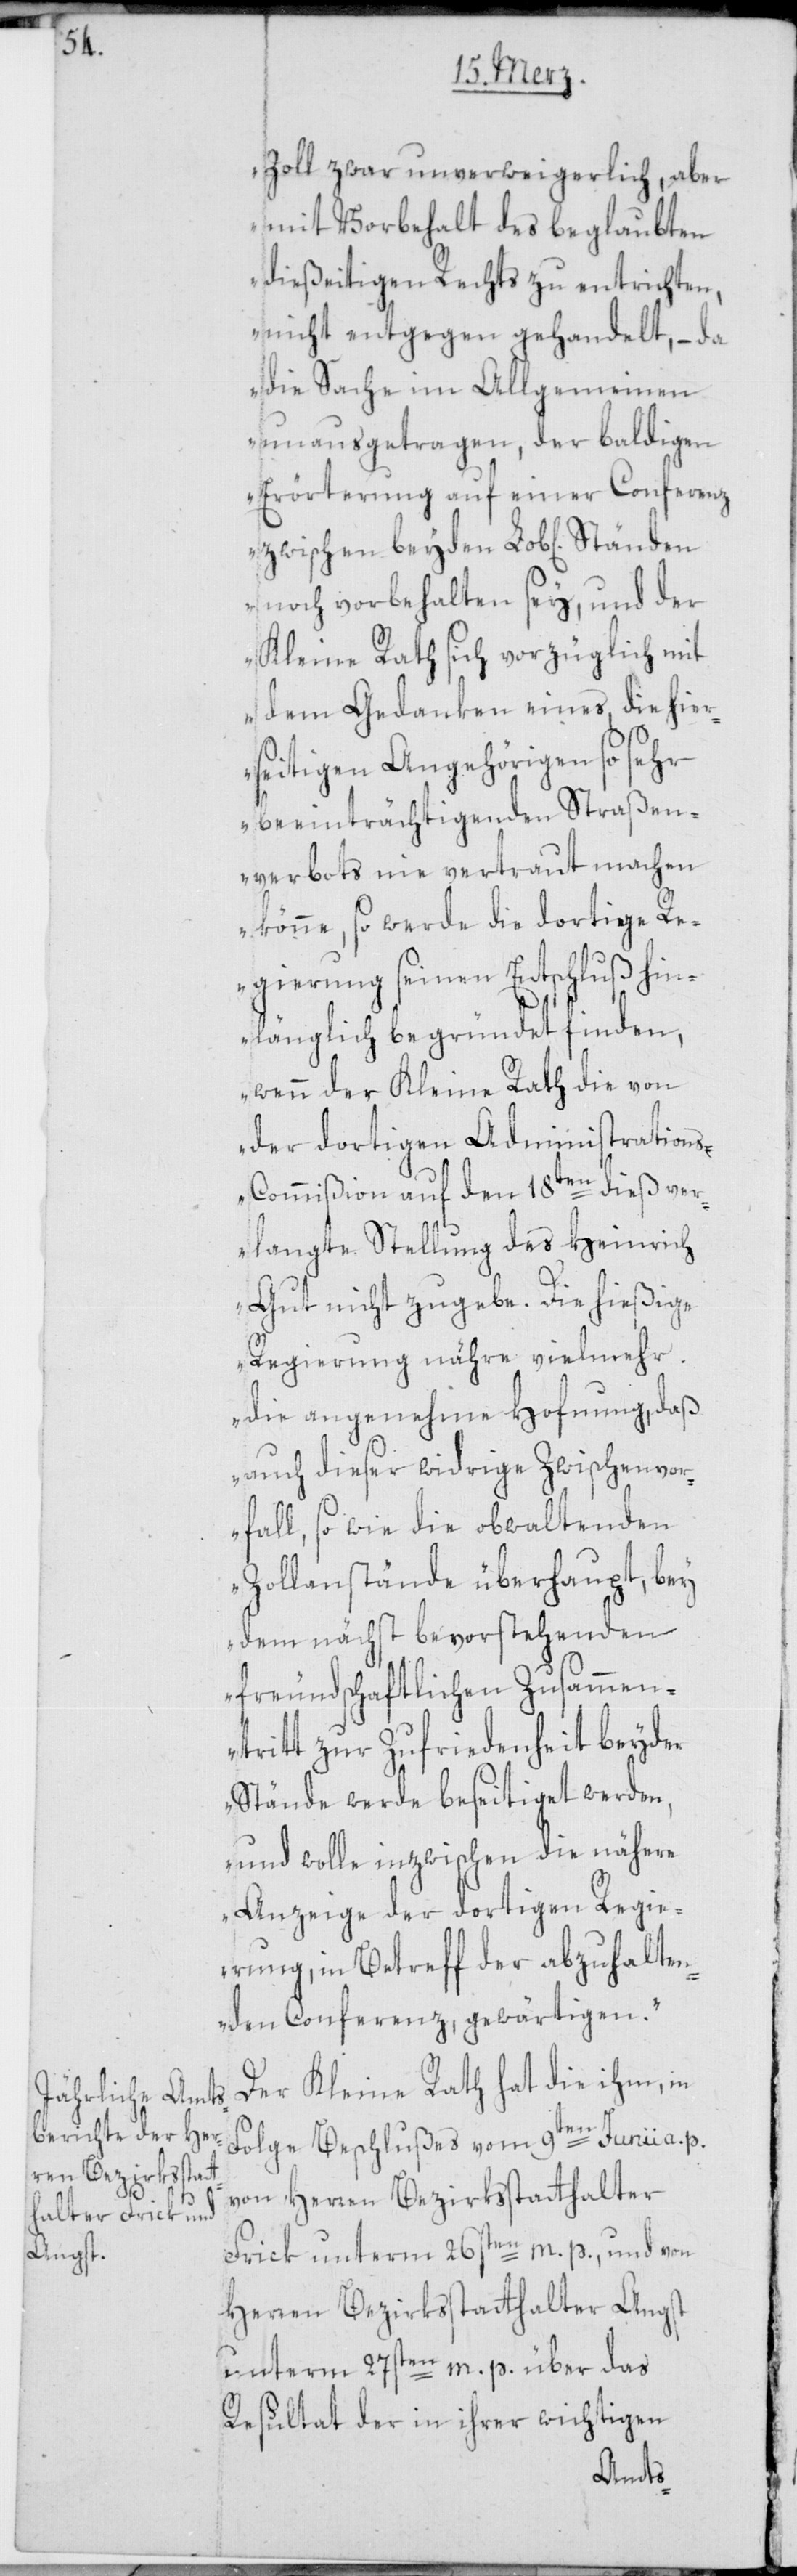
Zoll zwar unverweigerlich, aber
mit Vorbehalt des beglaubten
dießeitigen Rechts zu entrichten,
nicht entgegen gehandelt, – da
die Sache im Allgemeinen
unausgetragen, der baldigen
Erörterung auf einer Conferenz
zwischen beyden Lob[lichen]
noch vorbehalten sey, und der
Kleine Rath sich vorzüglich mit
dem Gedanken eines, die hier¬
seitigen Angehörigen so sehr
beeinträchtigenden Straßen¬
verbots nie vertraut machen
könne, so werde die dortige R¬
egierung seinen Entschluß hin¬
länglich begründet finden,
wenn der Kleine Rath die von
der dortigen Administration¬
s-Commißion auf den 18ten dieß ver¬
langte Stellung des Heinrich
Gut nicht zugebe. Die hießige
Regierung nähre vielmehr
die angenehme Hofnung, daß
auch dieser widrige Zwischenvor¬
fall, so wie die obwaltenden
Zollanstände überhaupt, bey
dem nächst bevorstehenden
freundschaftlichen Zusammen¬
tritt zur Zufriedenheit beyder
Stände werde beseitiget werden,
und wolle inzwischen die nähere
Anzeige der dortigen Regie¬
rung, in Betreff der abzuhalten¬
den Conferenz gewärtigen.“
Der Kleine Rath hat die ihm in
Folge Beschlußes vom 9ten Junii a. p.
von Herren Bezirksstatthalter
Frick unterm 26sten m. p., und von
Herren Bezirksstatthalter Angst
unterm 27sten m. p. über das
Resultat der in ihrer wichtigen